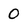
Character: 0